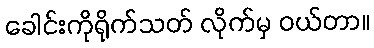
ခေါင်းကိုရိုက်သတ် လိုက်မှ ဝယ်တာ။